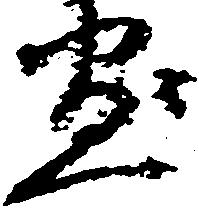
愚